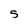
Character: 5